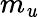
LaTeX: m_{\mathit{u}}